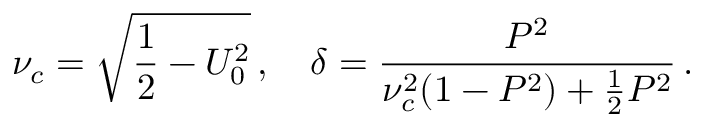
\nu _ { c } = \sqrt { \frac { 1 } { 2 } - U _ { 0 } ^ { 2 } } \, , \quad \delta = \frac { P ^ { 2 } } { \nu _ { c } ^ { 2 } ( 1 - P ^ { 2 } ) + \frac { 1 } { 2 } P ^ { 2 } } \, .